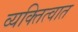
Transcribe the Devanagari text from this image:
व्यक्तित्वात